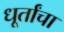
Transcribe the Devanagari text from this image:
धूर्तांचा